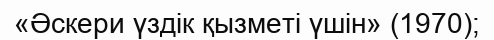
«Әскери үздік қызметі үшін» (1970);